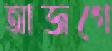
আজগে